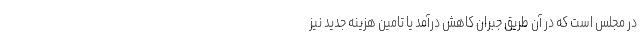
در مجلس است که در آن طریق جبران کاهش درآمد یا تامین هزینه جدید نیز